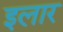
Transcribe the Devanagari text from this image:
इलार